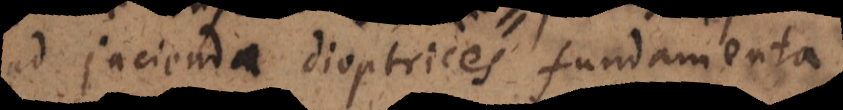
ad jacienda dioptrices fundamenta.